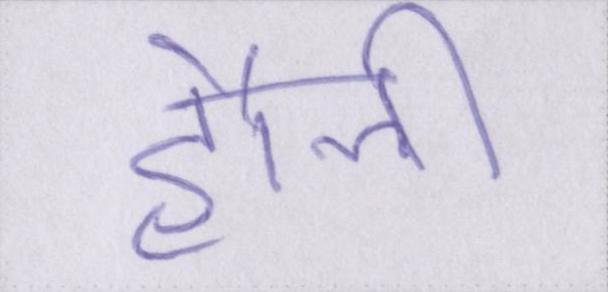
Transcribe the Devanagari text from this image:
हौली